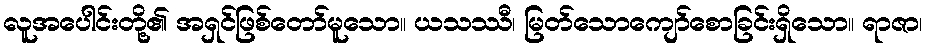
လူအပေါင်းတို့၏ အရှင်ဖြစ်တော်မူသော။ ယသဿီ၊ မြတ်သောကျော်စောခြင်းရှိသော။ ရာဇာ၊